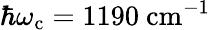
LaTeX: \hbar\omega_{\mathrm{c}}=1190\ \mathrm{cm}^{-1}